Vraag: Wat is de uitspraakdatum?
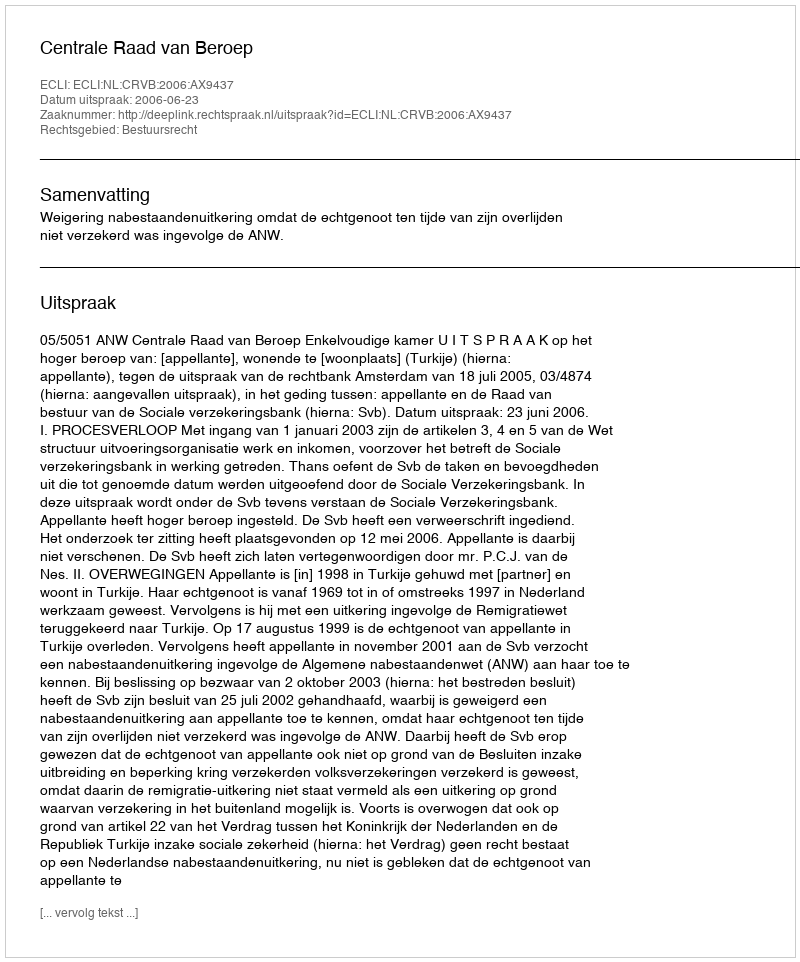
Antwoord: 2006-06-23